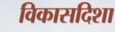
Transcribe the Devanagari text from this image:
विकासदिशा